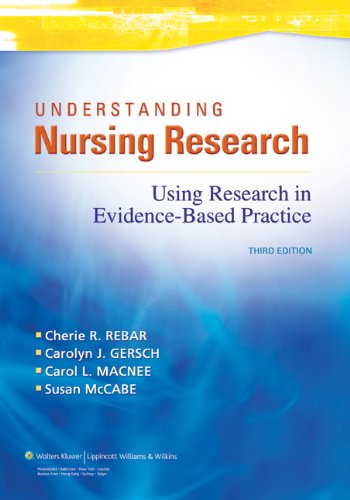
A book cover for Understanding Nursing Research: Using Research in Evidence-Based Practice; Cherie R. Rebar PhD  RN  MBA  FNP  COI; Medical Books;